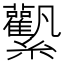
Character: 𧆉